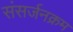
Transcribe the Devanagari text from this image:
संसर्जनक्रम